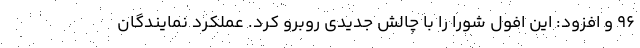
۹۶ و افزود: این افول شورا را با چالش جدیدی روبرو کرد. عملکرد نمایندگان